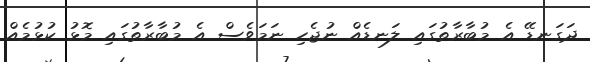
ދަގަނޑޭ އެ މުބާރާތުގައި ލަނޑެއް ނުޖެހި ނަމަވެސް އެ މުބާރާތުގައި މޮޅު ކުޅުމެއް